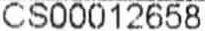
CS00012658